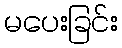
မပေးခြင်း